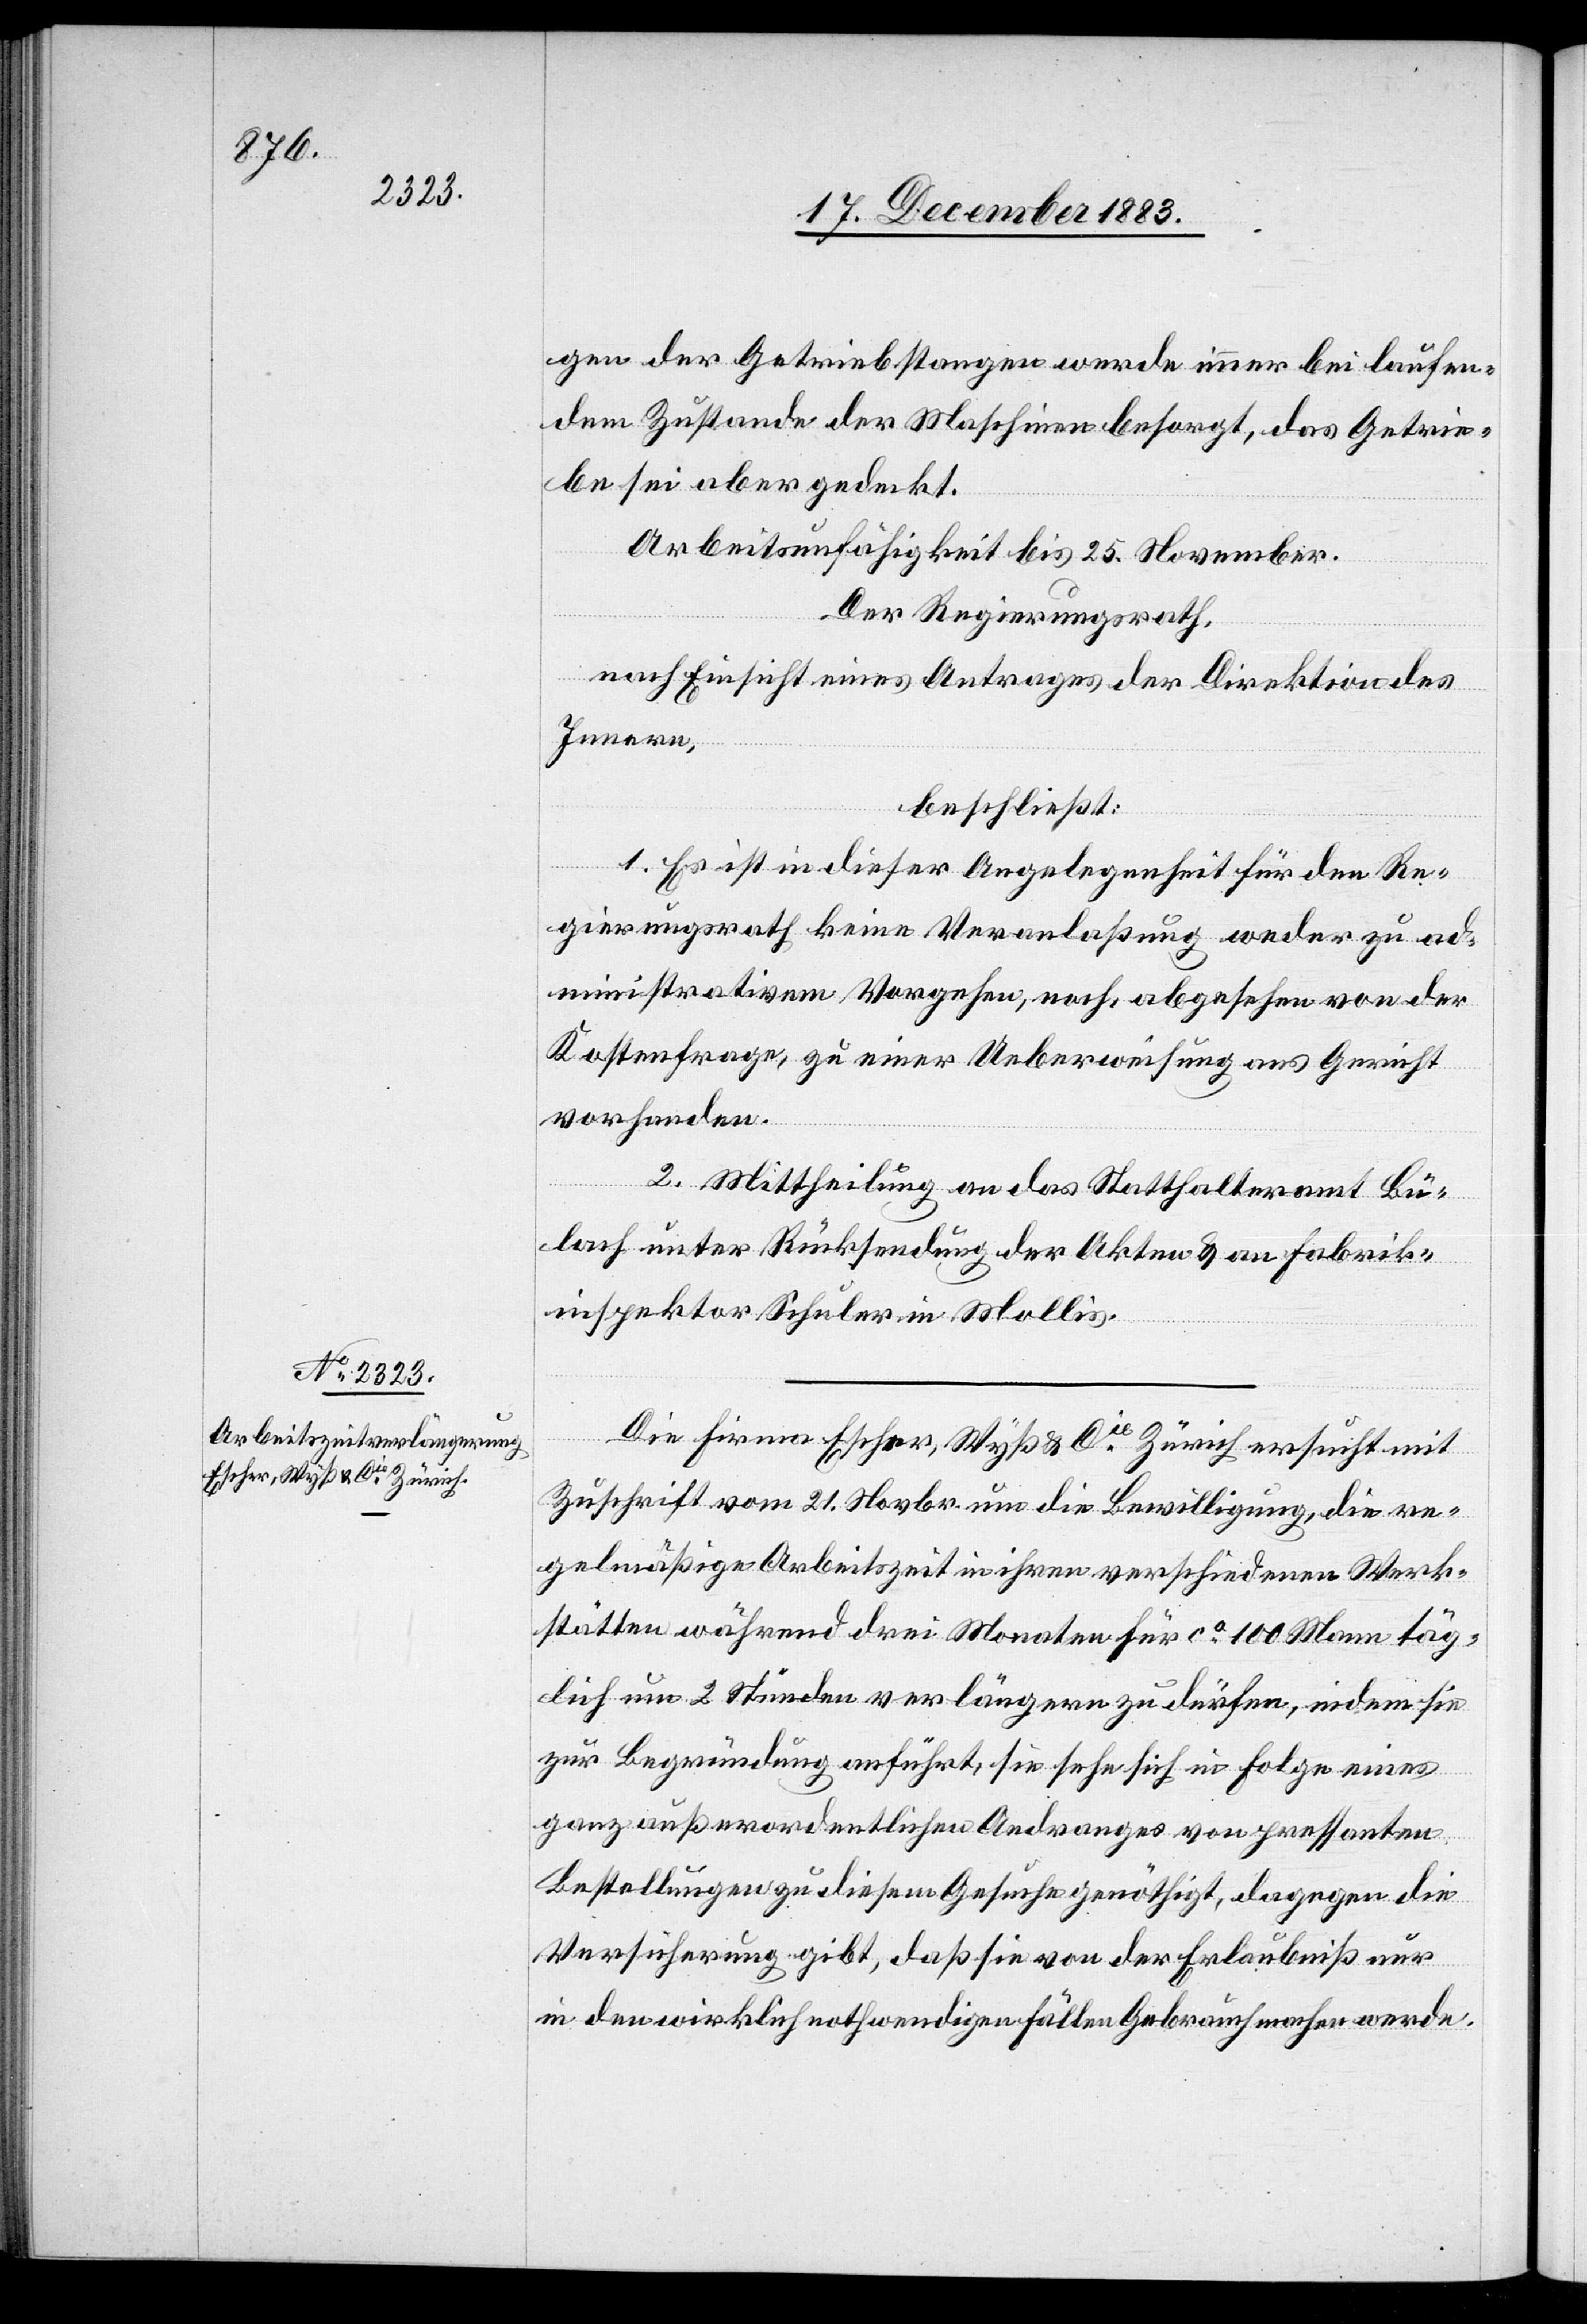
gen der Getriebstangen werde immer bei laufen¬
dem Zustande der Maschinen besorgt, das Getrie¬
be sei aber gedeckt.
Arbeitsunfähigkeit bis 25. November.
Der Regierungsrath,
nach Einsicht eines Antrages der Direktion des
Innern,
beschließt:
1. Es ist in dieser Angelegenheit für den Re¬
gierungsrath keine Veranlaßung weder zu ad¬
ministrativem Vorgehen, noch, abgesehen von der
Kostenfrage, zu einer Ueberweisung ans Gericht
vorhanden.
2. Mittheilung an das Statthalteramt Bü¬
lach unter Rücksendung der Akten & an Fabrik¬
inspektor Schuler in Mollis.
Die Firma Escher, Wyß & Cie Zürich ersucht mit
Zuschrift vom 21. Novbr. um die Bewilligung, die re¬
gelmäßige Arbeitszeit in ihren verschiedenen Werk¬
stätten während drei Monaten für ca 100 Mann täg¬
lich um 2 Stunden verlängern zu dürfen, indem sie
zur Begründung anführt, sie sehe sich in Folge eines
ganz außerordentlichen Andranges von pressanten
Bestellungen zu diesem Gesuche genöthigt, dagegen die
Versicherung gibt, daß sie von der Erlaubniß nur
in den wirklich nothwendigen Fällen Gebrauch machen werde